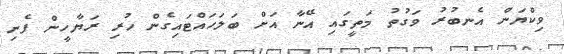
ވިކްޔަން އެނބުރު ވަގުތު މަތީގައި އޭނާ އަށް ބަލަހައްޓައިގެން ހުރި ރަޔާހީން ފެނި